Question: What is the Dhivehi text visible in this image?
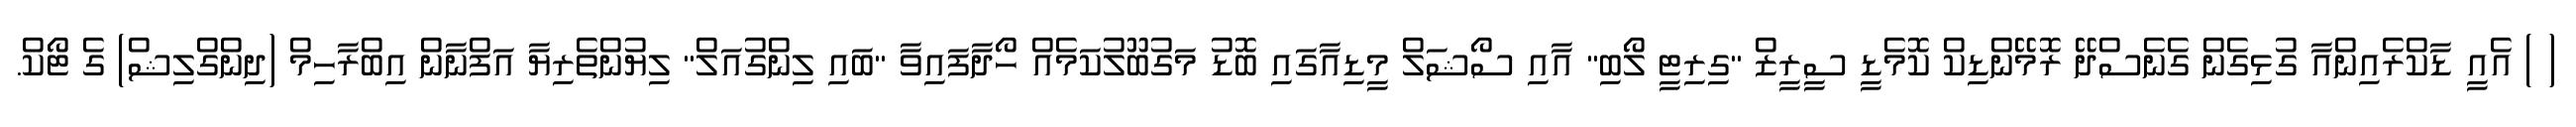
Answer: ( ) އެއީ ޑާކްރެއިންއާ ގުޅިގެން ގެނެސްދޭ ރޮމޭންޑިކް ކޮމެޑީ ސީރީޒް "ގިރިޓީ ލޯބި" އާއި ސޯޝަލް މީޑިއާގައި ބޮޑު މަގުބޫލުކަމެއް ހޯދާފައިވާ "ބައި ލިންގުއަލް" ލިޔުންތެރިޔާ އަފްނާން އިބްރާހިމް (ދިންގްލިޝް) ގެ ޓޯކް.